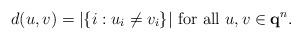
LaTeX: \begin{align*}d(u,v) = | \{ i : u_i \neq v_i \} | \textrm{ for all } u,v \in {\bf q}^n.\end{align*}